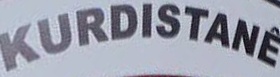
KURDISTANE